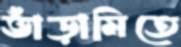
ভাঁড়ামিতে